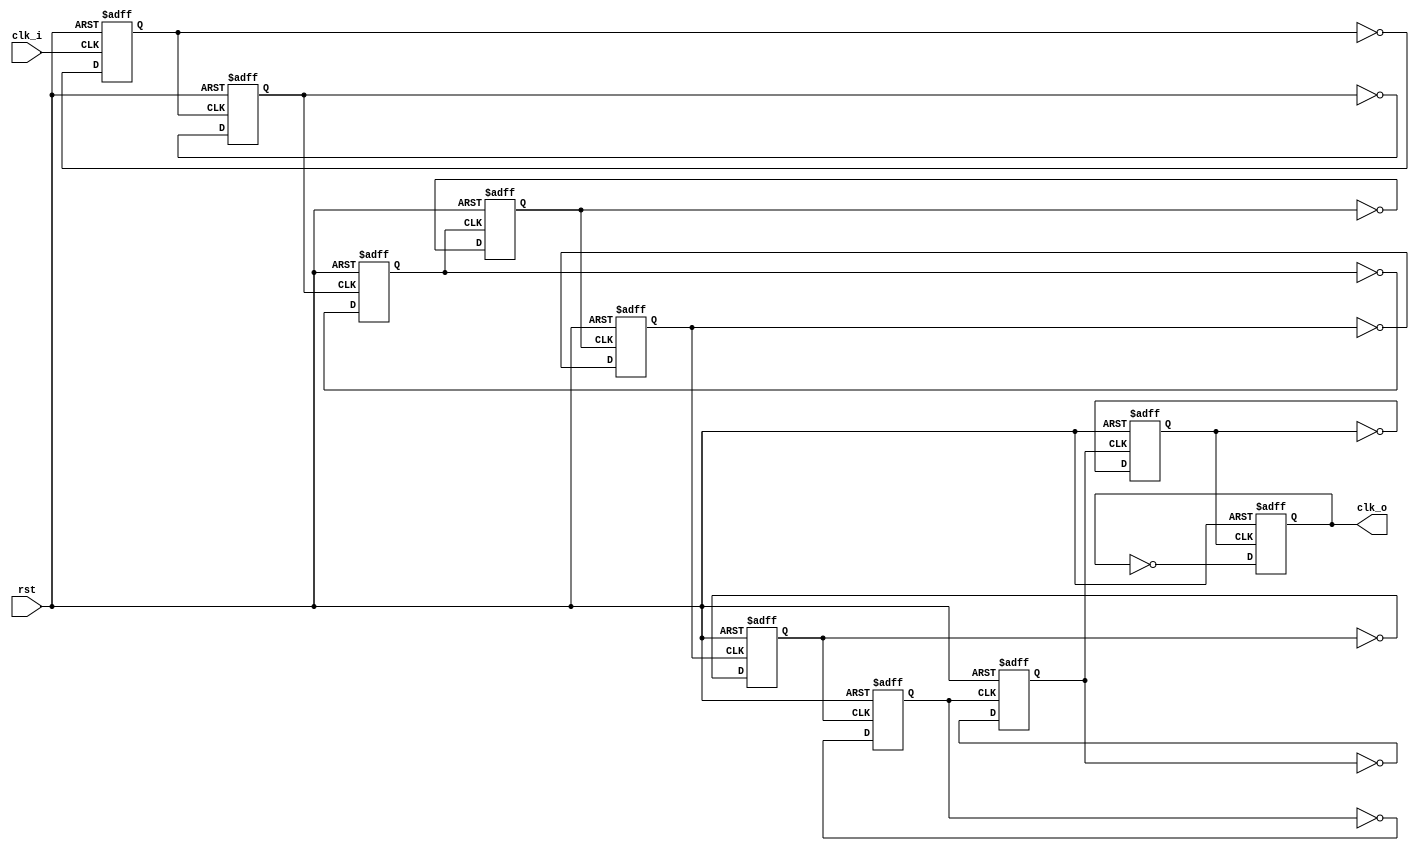
/* ------------------------------------------------ *
 * Title       : 97,656 khz Clock Generator         *
 * Project     : IR Transreceiver                   *
 * ------------------------------------------------ *
 * Last Edit   : 19/09/2021                         *
 * Licence     : CERN-OHL-W                         *
 * ------------------------------------------------ *
 * Description : Divides 100MHz clock to 97,656 khz *
 *               via logic                          *
 * ------------------------------------------------ */


module clkGen97k656hz(
  input clk_i,
  input rst,
  output reg clk_o);
  reg [8:0] clk_a;

  //50MHz
  always@(posedge clk_i or posedge rst) begin
    if(rst) begin
      clk_a[0] <= 1'b0;
    end  else begin
      clk_a[0] <= ~clk_a[0];
    end
  end
  //25MHz
  always@(posedge clk_a[0] or posedge rst) begin
    if(rst) begin
      clk_a[1] <= 1'b0;
    end  else begin
      clk_a[1] <= ~clk_a[1];
    end
  end
  //12.5MHz
  always@(posedge clk_a[1] or posedge rst) begin
    if(rst) begin
      clk_a[2] <= 1'b0;
    end  else begin
      clk_a[2] <= ~clk_a[2];
    end
  end
  //6.25MHz
  always@(posedge clk_a[2] or posedge rst) begin
    if(rst) begin
      clk_a[3] <= 1'b0;
    end  else begin
      clk_a[3] <= ~clk_a[3];
    end
  end
  //3.125MHz
  always@(posedge clk_a[3] or posedge rst) begin
    if(rst) begin
      clk_a[4] <= 1'b0;
    end  else begin
      clk_a[4] <= ~clk_a[4];
    end
  end
  //1.5625MHz
  always@(posedge clk_a[4] or posedge rst) begin
    if(rst) begin
      clk_a[5] <= 1'b0;
    end  else begin
      clk_a[5] <= ~clk_a[5];
    end
  end
  //781.25kHz
  always@(posedge clk_a[5] or posedge rst) begin
    if(rst) begin
      clk_a[6] <= 1'b0;
    end  else begin
      clk_a[6] <= ~clk_a[6];
    end
  end
  //390.625kHz
  always@(posedge clk_a[6] or posedge rst) begin
    if(rst) begin
      clk_a[7] <= 1'b0;
    end  else begin
      clk_a[7] <= ~clk_a[7];
    end
  end
  //195.312kHz
  always@(posedge clk_a[7] or posedge rst) begin
    if(rst) begin
      clk_a[8] <= 1'b0;
    end  else begin
      clk_a[8] <= ~clk_a[8];
    end
  end
  //97.656kHz
  always@(posedge clk_a[8] or posedge rst) begin
    if(rst) begin
      clk_o <= 1'b0;
    end  else begin
      clk_o <= ~clk_o;
    end
  end
endmodule//clkGen